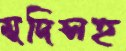
মুদিসহ